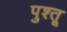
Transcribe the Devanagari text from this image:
पुश्‍तू